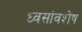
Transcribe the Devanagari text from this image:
ध्वसांवशेष